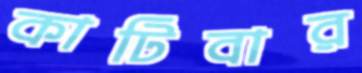
কাটিবার